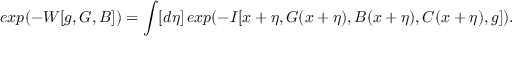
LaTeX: e x p ( - W [ g , G , B ] ) = \int [ d \eta ] \, e x p ( - I [ x + \eta , G ( x + \eta ) , B ( x + \eta ) , C ( x + \eta ) , g ] ) .